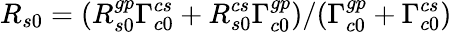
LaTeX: R_{s0}=(R_{s0}^{gp}\Gamma_{c0}^{cs}+R_{s0}^{cs}\Gamma_{c0}^{gp})/(\Gamma_{c0}^{gp}+\Gamma_{c0}^{cs})